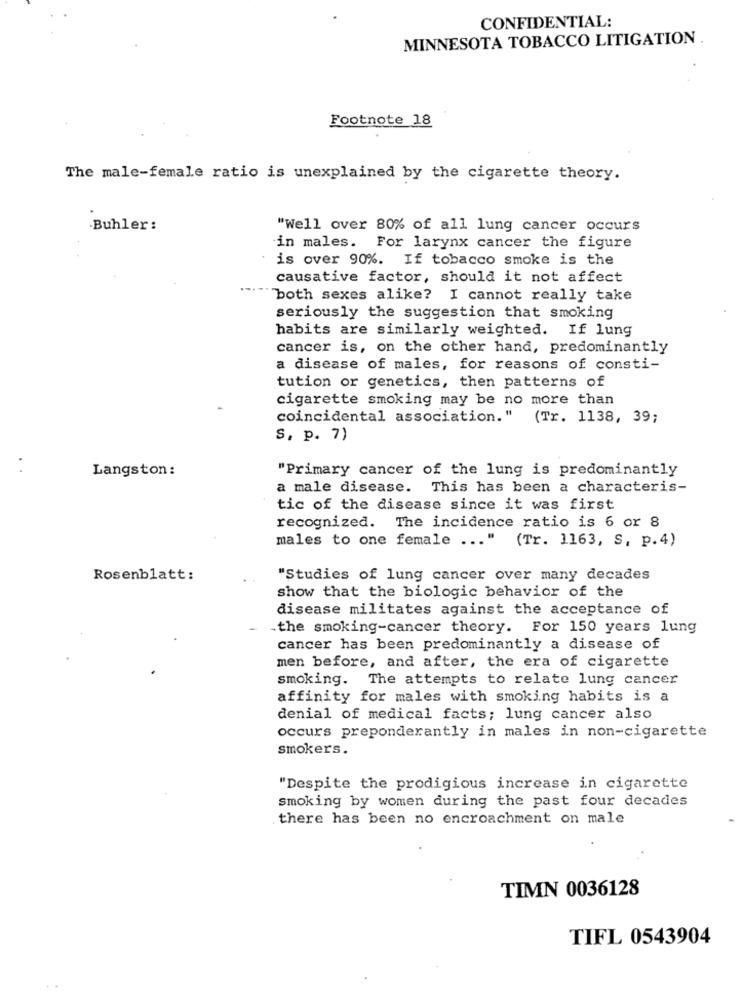
CONFIDENTIAL:
MINNESOTA TOBACCO LITIGATION
Footnote 18
The male-female ratio is unexplained by the cigarette theory.
.Buhler:
"Well over 80% of all lung cancer occurs
in males. For larynx cancer the figure
is over 90%. If tobacco smoke is the
causative factor, should it not affect
...
both sexes alike? I cannot really take
seriously the suggestion that smoking
habits are similarly weighted. If lung
cancer is, on the other hand, predominantly
a disease of males, for reasons of consti-
tution or genetics, then patterns of
cigarette smoking may be no more than
coincidental association."
(Tr. 1138, 39;
S. p. 7)
. .
Langston :
"Primary cancer of the lung is predominantly
a male disease. This has been a characteris-
tic of the disease since it was first
recognized. The incidence ratio is 6 or 8
males to one female ... " (Tr. 1163, S, p.4)
Rosenblatt:
"Studies of lung cancer over many decades
show that the biologic behavior of the
disease militates against the acceptance of
.the smoking-cancer theory. For 150 years lung
cancer has been predominantly a disease of
men before, and after, the era of cigarette
smoking. The attempts to relate lung cancer
affinity for males with smoking habits is a
denial of medical facts; lung cancer also
occurs preponderantly in males in non-cigarette
smokers.
"Despite the prodigious increase in cigarette
smoking by women during the past four decades
there has been no encroachment on male
TIMN 0036128
TIFL 0543904